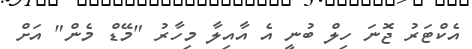
އެކްޓަރު ޖޮނަ ހިލް ބުނީ އެ އާއިލާ މިހާރު "މޭޑް މެން" އަށް